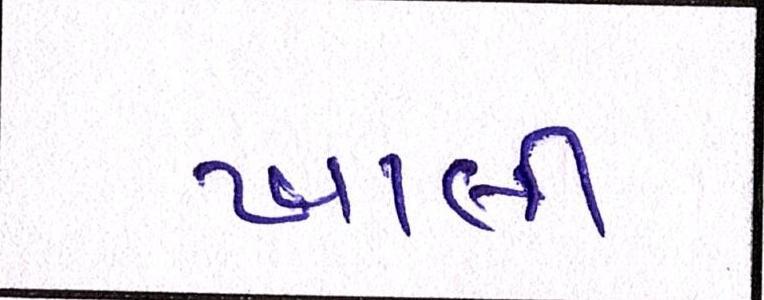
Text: ખાલી